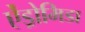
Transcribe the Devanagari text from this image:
ऐंड्रोमिडा